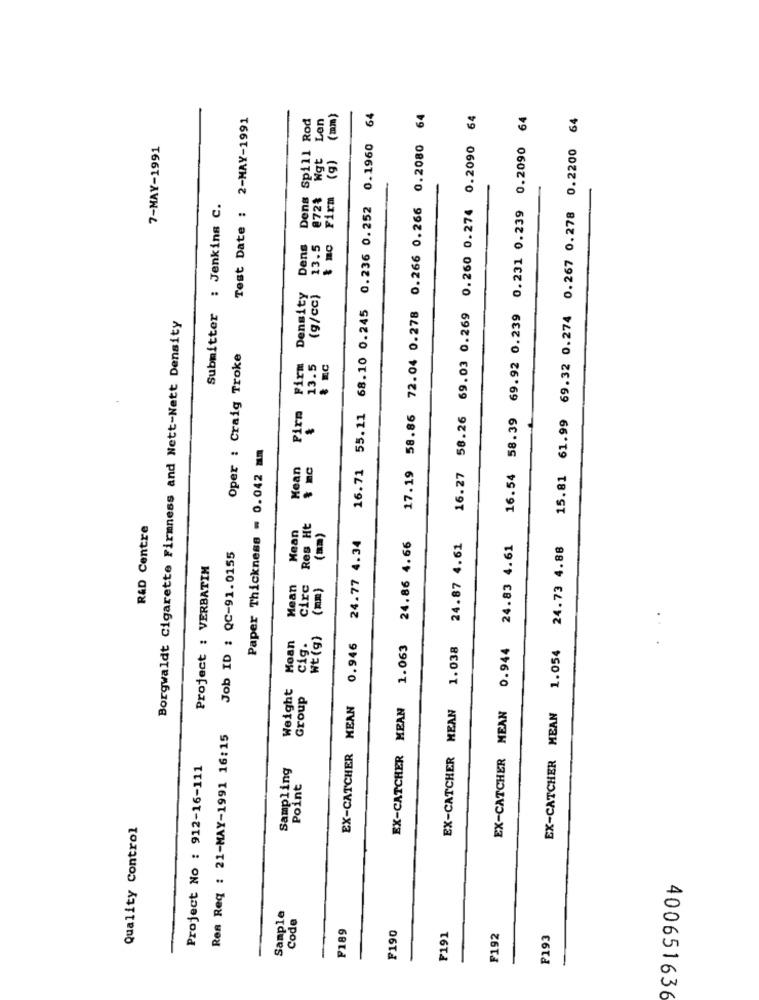
Test Date : 2-MAY-1991
Dens Spill Rod
Len
t mc Firm (g) (mm)
16.71 55.11 68.10 0.245 0.236 0.252 0.1960 64
64
16.27 58.26 69.03 0.269 0.260 0.274 0.2090 64
16.54 58.39 69.92 0.239 0.231 0.239 0.2090 64
15.81 61.99 69.32 0.274 0.267 0.278 0.2200 64
7-MAY-1991
Wgt
17.19 58.86 72.04 0.278 0.266 0.266 0.2080
872%
Submitter : Jenkins C.
Dens
13.5
Density
(g/cc)
Borgwaldt Cigarette Firmness and Nett-Nett Density
Oper : Craig Troke
Firm
13.5
Pirn
Paper Thickness = 0.042 mm
Mean
R&D Centre
Mean
Res Ht
(mm)
24.77 4.34
24.86 4.66
24.87 4.61
EX-CATCHER MEAN 0.944 24.83 4.61
EX-CATCHER MEAN 1.054 24.73 4.88
Job ID : QC-91.0155
Project : VERBATIM
Mean
circ
(mm)
Moan
cig.
Wt (g)
EX-CATCHER MEAN 1.038
0.946
EX-CATCHER MEAN 1.063
Weight
Group
EX-CATCHER MEAN
Ren Req : 21-MAY-1991 16:15
Project No : 912-16-111
Sampling
Point
Quality Control
Sample
Code
F189
F190
F191
F192
F193
400651636